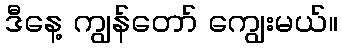
ဒီနေ့ ကျွန်တော် ကျွေးမယ်။